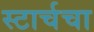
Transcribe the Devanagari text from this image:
स्टार्चचा